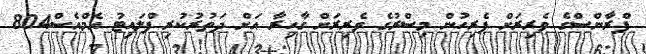
ފްރާންސްގެ ވެރިރަށް ޕެރިހުން މިސްރުގެ ވެރިރަށް ގާހިރާ އަށް ދަތުރުކުރި ފްލައިޓު އެމްއެސް804